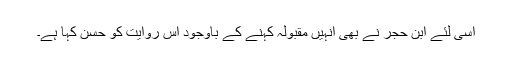
اسی لئے ابن حجر نے بھی انہیں مقبولہ کہنے کے باوجود اس روایت کو حسن کہا ہے۔